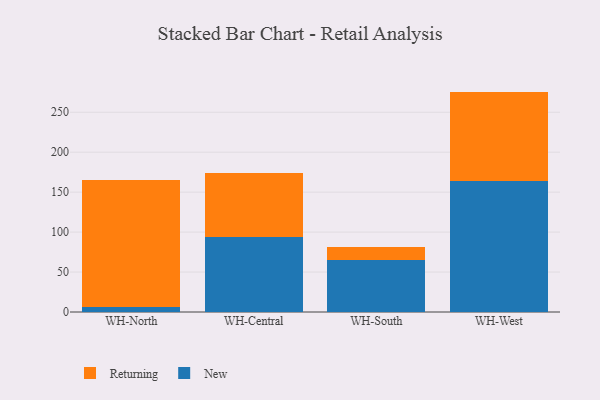
{"axis": {"x": "Warehouse", "y": "Population (Million)"}, "legend": ["New", "Returning"], "data": [{"x": "WH-North", "y": 5.8, "type": "New"}, {"x": "WH-North", "y": 159.1, "type": "Returning"}, {"x": "WH-Central", "y": 94.0, "type": "New"}, {"x": "WH-Central", "y": 80.1, "type": "Returning"}, {"x": "WH-South", "y": 65.6, "type": "New"}, {"x": "WH-South", "y": 15.2, "type": "Returning"}, {"x": "WH-West", "y": 164.2, "type": "New"}, {"x": "WH-West", "y": 111.6, "type": "Returning"}]}